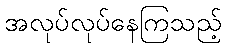
အလုပ်လုပ်နေကြသည့်